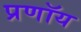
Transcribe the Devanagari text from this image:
प्रणॉय